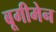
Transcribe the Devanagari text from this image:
बूगीमेन